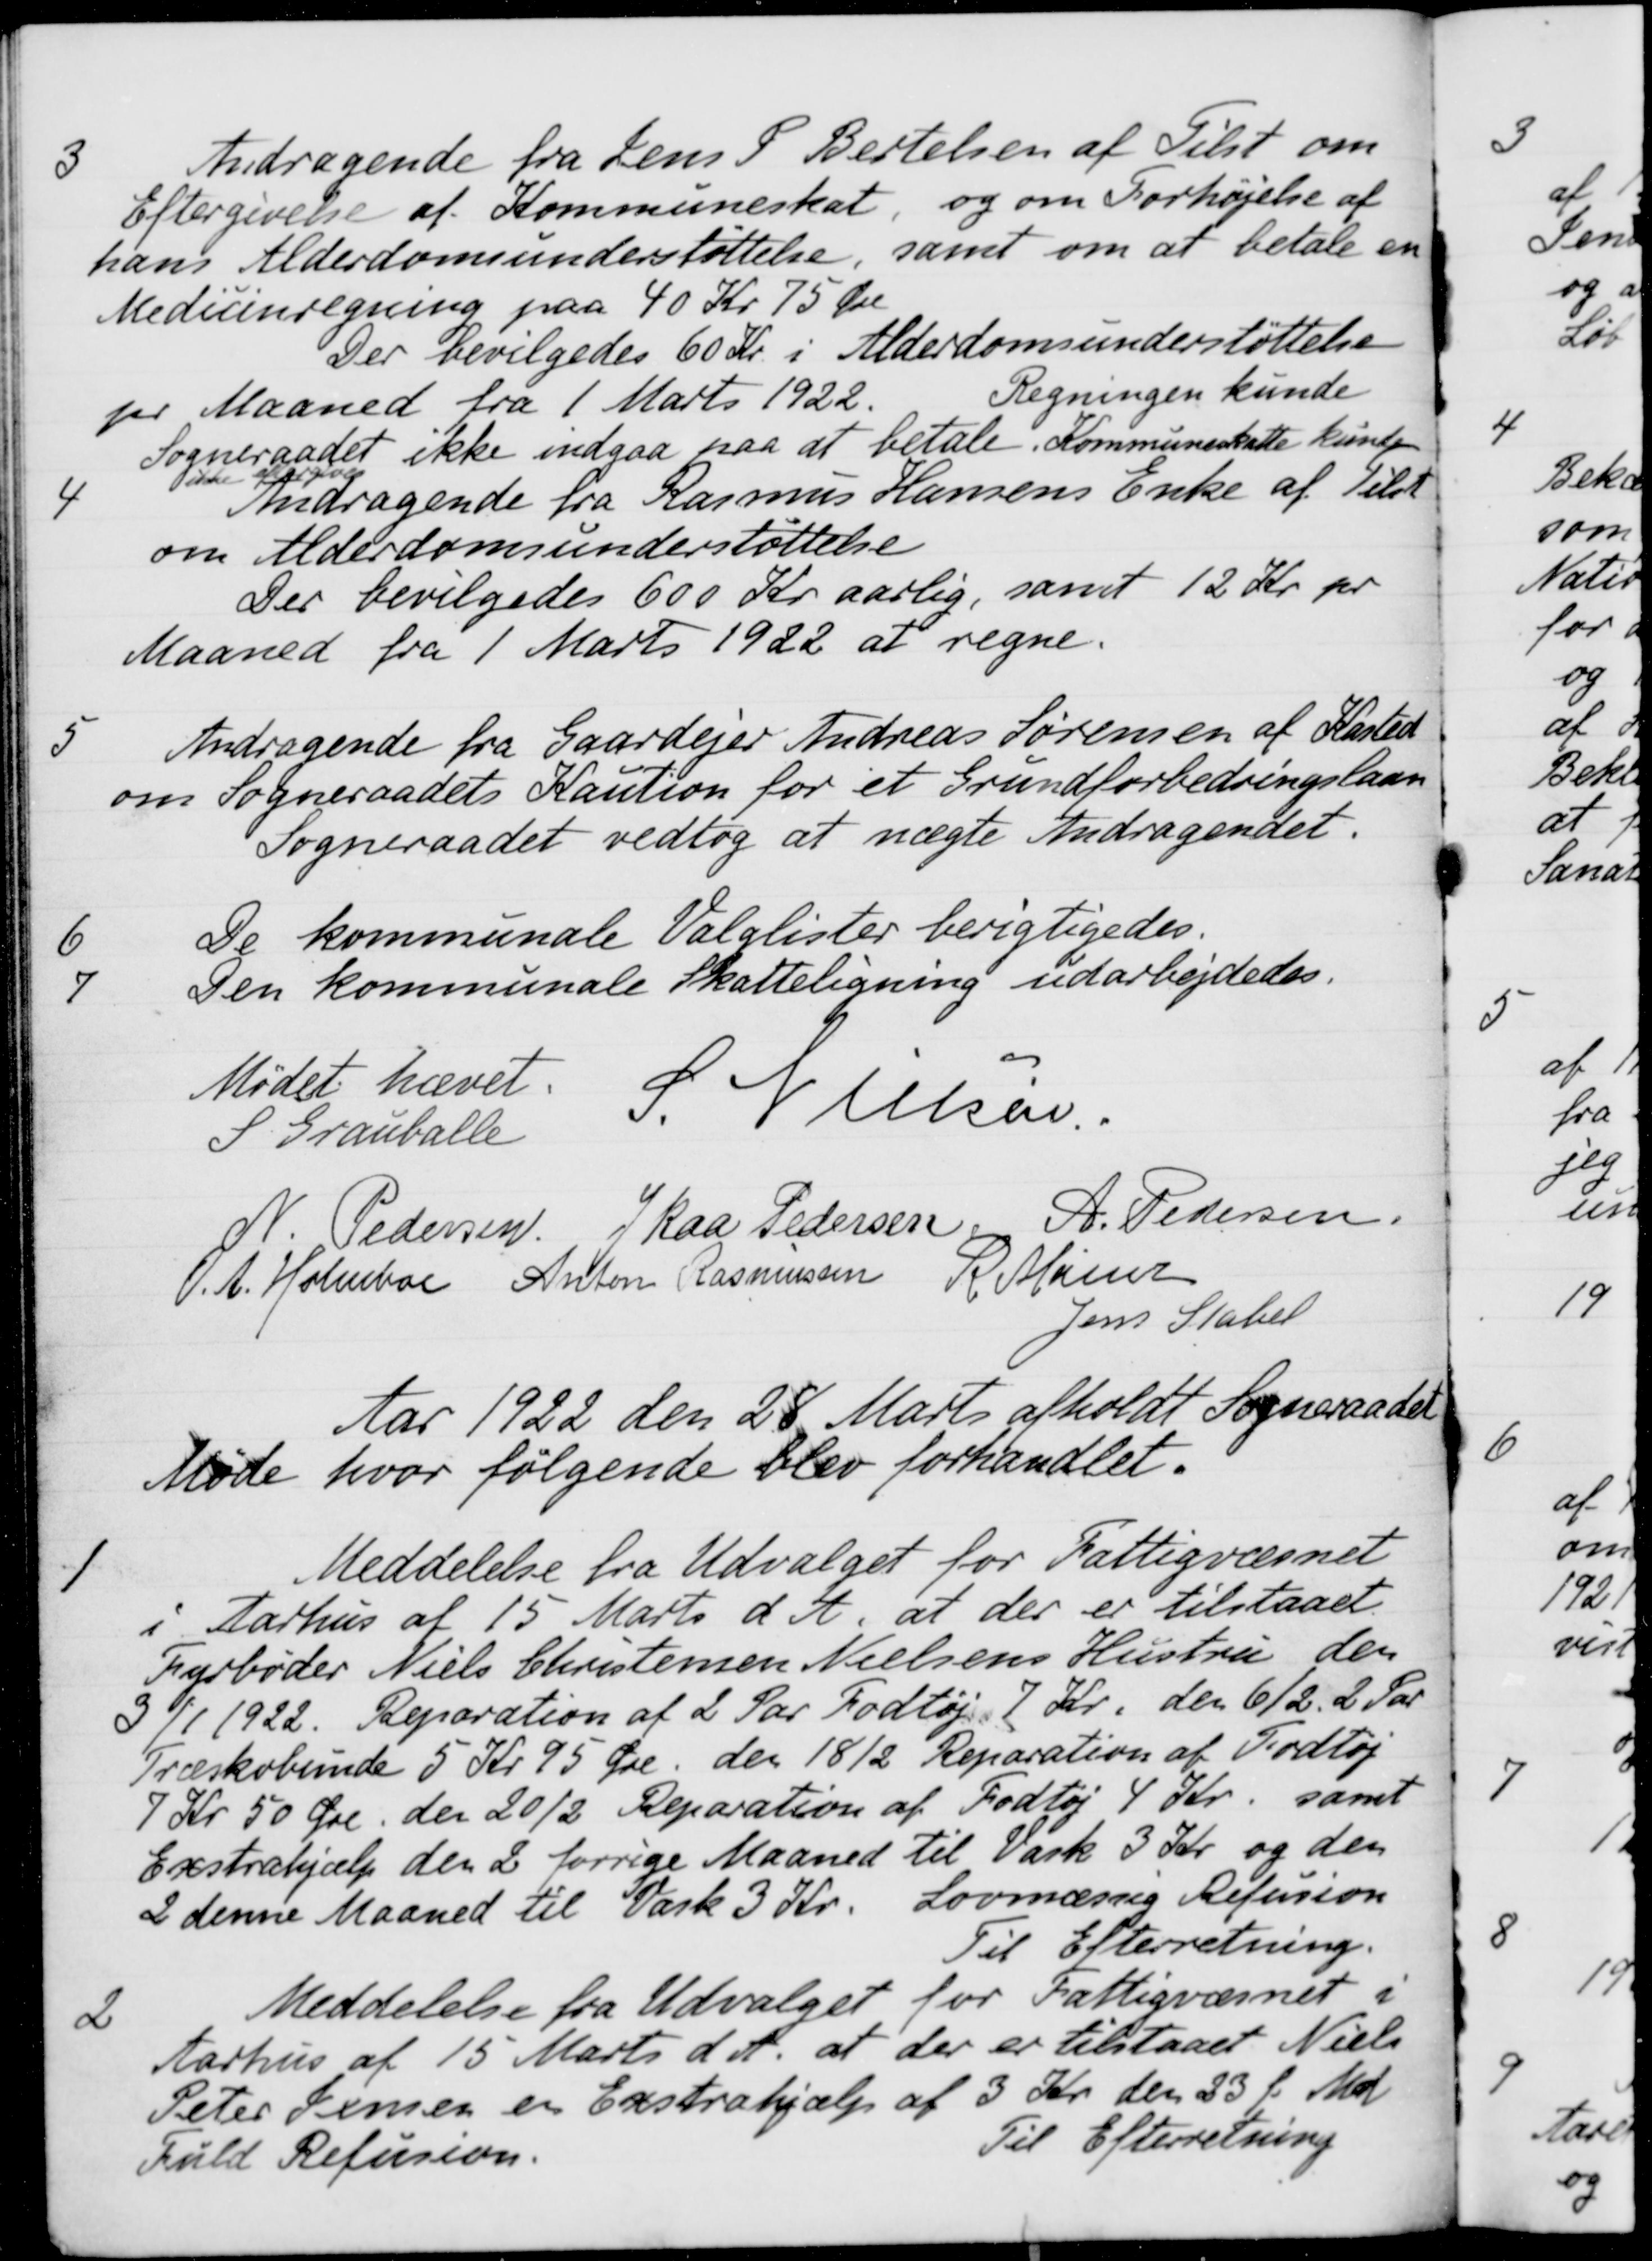
Transskription:
3
Andragende fra Jens P. Bertelsen af Tilst om
Eftergivelse af Kommuneskat og om Forhøjelse af
hans Alderdomsunderstøttelse, samt om at betale en
Medicinregning paa 40 Kr 75 Øre
Der bevilgedes 60 Kr. i Alderdomsunderstøttelse
Regningen kunde
pr Maaned fra 1 Marts 1922.
Sogneraadet ikke indgaa paa at betale. Kommuneskatte kunde
ikke eftergives.
4
Andragende fra Rasmus Hansens Enke af Tilst
om Alderdomsunderstøttelse
Der bevilgedes 600 Kr aarlig, samt 12 Kr pr
Maaned fra 1 Marts 1922 at regne.
5
Andragende fra Gaardejer Andreas Sørensen af Kasted
om Sogneraadets Kaution for et Grundforbedringslaan
Sogneraadet vedtog at nægte Andragendet.
6
De kommunale Valglister berigtigedes.
7
Den kommunale Skatteligning udarbejdedes.
Mødet hævet.
S. Grauballe
S. Nielsen
N. Pedersen
J Kaa Pedersen.
A. Pedersen.
O. A. Holmboe
Anton Rasmussen
R. Mainz
Jens Stabel
Aar 1922 den 28 Marts afholdt Sogneraadet
Møde hvor følgende blev forhandlet.
1
Meddelelse fra Udvalget for Fattigvæsnet
i Aarhus af 15 Marts d. A. at der er tilstaaet
Fyrbøder Niels Christensen Nielsens Hustru den 
31/1 1922. Reparation af 2 Par Fodtøj 7 Kr. den 6/2. 2 Par
Træskobunde 5 Kr 95 Øre den 18/2 Reparation af Fodtøj
7 Kr 50 Øre den 20/2 Reparation af Fodtøj 4 Kr. samt
Exstrahjælp de 2 forrige Maaned til Vask 3 Kr. og den
2 denne Maaned til Vask 3 Kr. Lovmæssig Refusion
Til Efterretning.
2
Meddelelse fra Udvalget for Fattigvæsnet i
Aarhus af 15 Marts d. A. at der er tilstaaet Niels
Peter Jensen en Exstrahjælp af 3 Kr. den 23 f. Md.
Fuld Refusion.
Til Efterretning